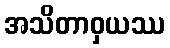
အသိတာဝှယဿ